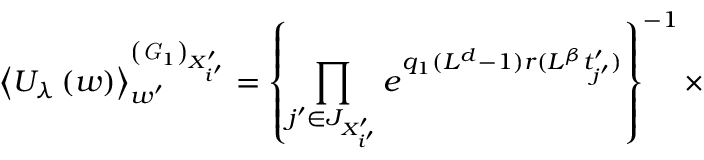
\left\langle U _ { \lambda } \left( w \right) \right\rangle _ { w ^ { \prime } } ^ { \left( { \it G } _ { 1 } \right) _ { X _ { i ^ { \prime } } ^ { \prime } } } = \left\{ \prod _ { j ^ { \prime } \in J _ { X _ { i ^ { \prime } } ^ { \prime } } } e ^ { q _ { 1 } ( L ^ { d } - 1 ) r ( L ^ { \beta } t _ { j ^ { \prime } } ^ { \prime } ) } \right\} ^ { - 1 } \times